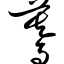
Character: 蓦